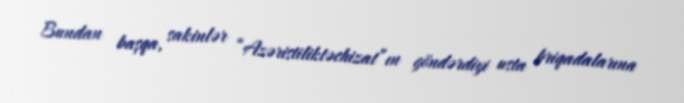
Bundan başqa, sakinlər “Azəristiliktəchizat”ın göndərdiyi usta briqadalarına